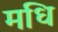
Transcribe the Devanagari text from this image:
मधि